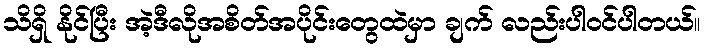
သိရှိ နိုင်ပြီး အဲ့ဒီလိုအစိတ်အပိုင်းတွေထဲမှာ ချက် လည်းပါဝင်ပါတယ်။